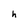
Character: h